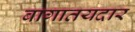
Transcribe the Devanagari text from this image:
बागातयदार